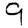
Digit: 9